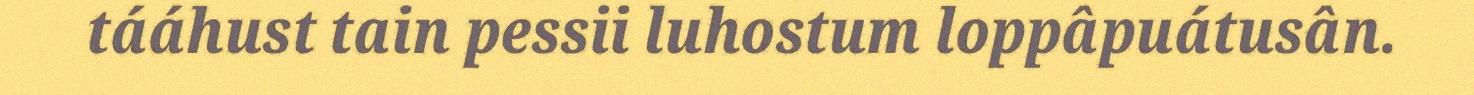
tááhust tain pessii luhostum loppâpuátusân.